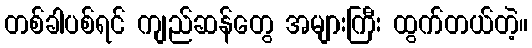
တစ်ခါပစ်ရင် ကျည်ဆန်တွေ အများကြီး ထွက်တယ်တဲ့။